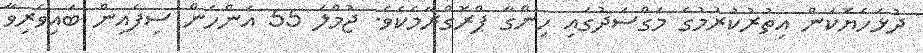
ދުޅަހެޔޮކަން އިތުރުކުރުމުގެ މަގްސަދުގައި ހިންގާ ޕްރޮގްރާމެކެވެ. ޖުމްލަ 55 އަންހެން ސިފައިން ބައިވެރިވާ